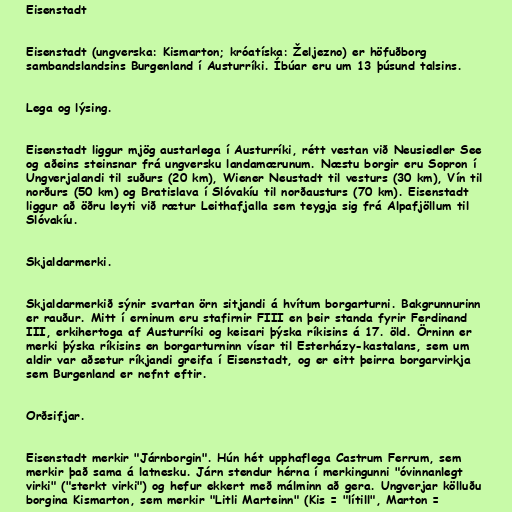
Eisenstadt

Eisenstadt (ungverska: Kismarton; króatíska: Željezno) er höfuðborg
sambandslandsins Burgenland í Austurríki. Íbúar eru um 13 þúsund talsins.

Lega og lýsing.

Eisenstadt liggur mjög austarlega í Austurríki, rétt vestan við Neusiedler See
og aðeins steinsnar frá ungversku landamærunum. Næstu borgir eru Sopron í
Ungverjalandi til suðurs (20 km), Wiener Neustadt til vesturs (30 km), Vín til
norðurs (50 km) og Bratislava í Slóvakíu til norðausturs (70 km). Eisenstadt
liggur að öðru leyti við rætur Leithafjalla sem teygja sig frá Alpafjöllum til
Slóvakíu.

Skjaldarmerki.

Skjaldarmerkið sýnir svartan örn sitjandi á hvítum borgarturni. Bakgrunnurinn
er rauður. Mitt í erninum eru stafirnir FIII en þeir standa fyrir Ferdinand
III, erkihertoga af Austurríki og keisari þýska ríkisins á 17. öld. Örninn er
merki þýska ríkisins en borgarturninn vísar til Esterházy-kastalans, sem um
aldir var aðsetur ríkjandi greifa í Eisenstadt, og er eitt þeirra borgarvirkja
sem Burgenland er nefnt eftir.

Orðsifjar.

Eisenstadt merkir "Járnborgin". Hún hét upphaflega Castrum Ferrum, sem
merkir það sama á latnesku. Járn stendur hérna í merkingunni "óvinnanlegt
virki" ("sterkt virki") og hefur ekkert með málminn að gera. Ungverjar kölluðu
borgina Kismarton, sem merkir "Litli Marteinn" (Kis = "lítill", Marton =